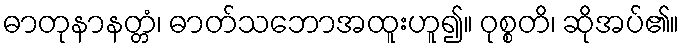
ဓာတုနာနတ္တံ၊ ဓာတ်သဘောအထူးဟူ၍။ ဝုစ္စတိ၊ ဆိုအပ်၏။